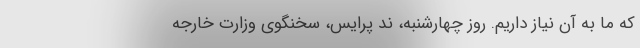
که ما به آن نیاز داریم. روز چهارشنبه، ند پرایس، سخنگوی وزارت خارجه